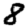
Digit: 8